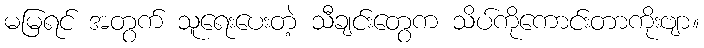
မမြရင် အတွက် သူရေးပေးတဲ့ သီချင်းတွေက သိပ်ကိုကောင်းတာကိုးဗျာ။